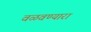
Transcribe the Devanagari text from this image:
वळवण्यारा